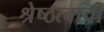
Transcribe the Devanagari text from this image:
श्रेष्ठत्वाची